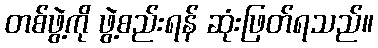
တစ်ဖွဲ့ကို ဖွဲ့စည်းရန် ဆုံးဖြတ်ရသည်။